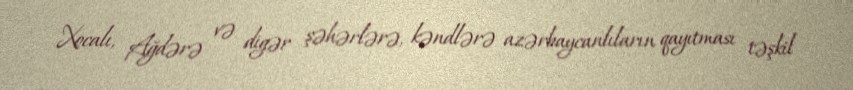
Xocalı, Ağdərə və digər şəhərlərə, kəndlərə azərbaycanlıların qayıtması təşkil